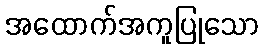
အထောက်အကူပြုသော